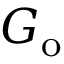
G _ { \mathrm { o } }